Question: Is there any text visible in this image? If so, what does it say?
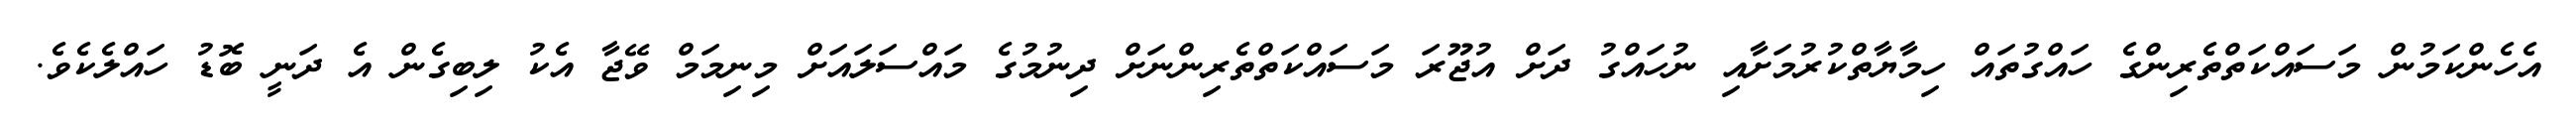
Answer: އެހެންކަމުން މަސައްކަތްތެރިންގެ ހައްގުތައް ހިމާޔާތްކުރުމަށާއި ނުހައްގު ދަށް އުޖޫރަ މަސައްކަތްތެރިންނަށް ދިނުމުގެ މައްސަލައަށް މިނިމަމް ވޭޖާ އެކު ލިބިގެން އެ ދަނީ ބޮޑު ހައްލެކެވެ.